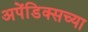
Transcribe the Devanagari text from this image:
अपेंडिक्सच्या